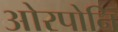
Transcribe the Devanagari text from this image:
ओरपोनि